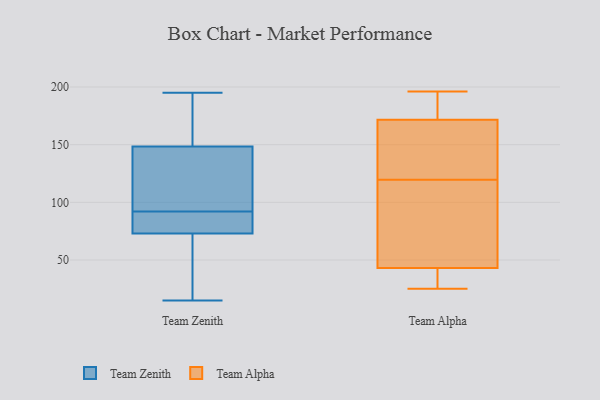
{"axis": {"x": "Demand Index", "y": "Value"}, "legend": ["Team Alpha", "Team Zenith"], "data": [{"x": "", "y": 195, "type": "Team Zenith"}, {"x": "", "y": 79, "type": "Team Zenith"}, {"x": "", "y": 77, "type": "Team Zenith"}, {"x": "", "y": 132, "type": "Team Zenith"}, {"x": "", "y": 150, "type": "Team Zenith"}, {"x": "", "y": 177, "type": "Team Zenith"}, {"x": "", "y": 135, "type": "Team Zenith"}, {"x": "", "y": 18, "type": "Team Zenith"}, {"x": "", "y": 89, "type": "Team Zenith"}, {"x": "", "y": 94, "type": "Team Zenith"}, {"x": "", "y": 16, "type": "Team Zenith"}, {"x": "", "y": 69, "type": "Team Zenith"}, {"x": "", "y": 15, "type": "Team Zenith"}, {"x": "", "y": 147, "type": "Team Zenith"}, {"x": "", "y": 90, "type": "Team Zenith"}, {"x": "", "y": 168, "type": "Team Zenith"}, {"x": "", "y": 155, "type": "Team Alpha"}, {"x": "", "y": 173, "type": "Team Alpha"}, {"x": "", "y": 123, "type": "Team Alpha"}, {"x": "", "y": 25, "type": "Team Alpha"}, {"x": "", "y": 116, "type": "Team Alpha"}, {"x": "", "y": 42, "type": "Team Alpha"}, {"x": "", "y": 45, "type": "Team Alpha"}, {"x": "", "y": 184, "type": "Team Alpha"}, {"x": "", "y": 44, "type": "Team Alpha"}, {"x": "", "y": 196, "type": "Team Alpha"}, {"x": "", "y": 170, "type": "Team Alpha"}, {"x": "", "y": 39, "type": "Team Alpha"}]}